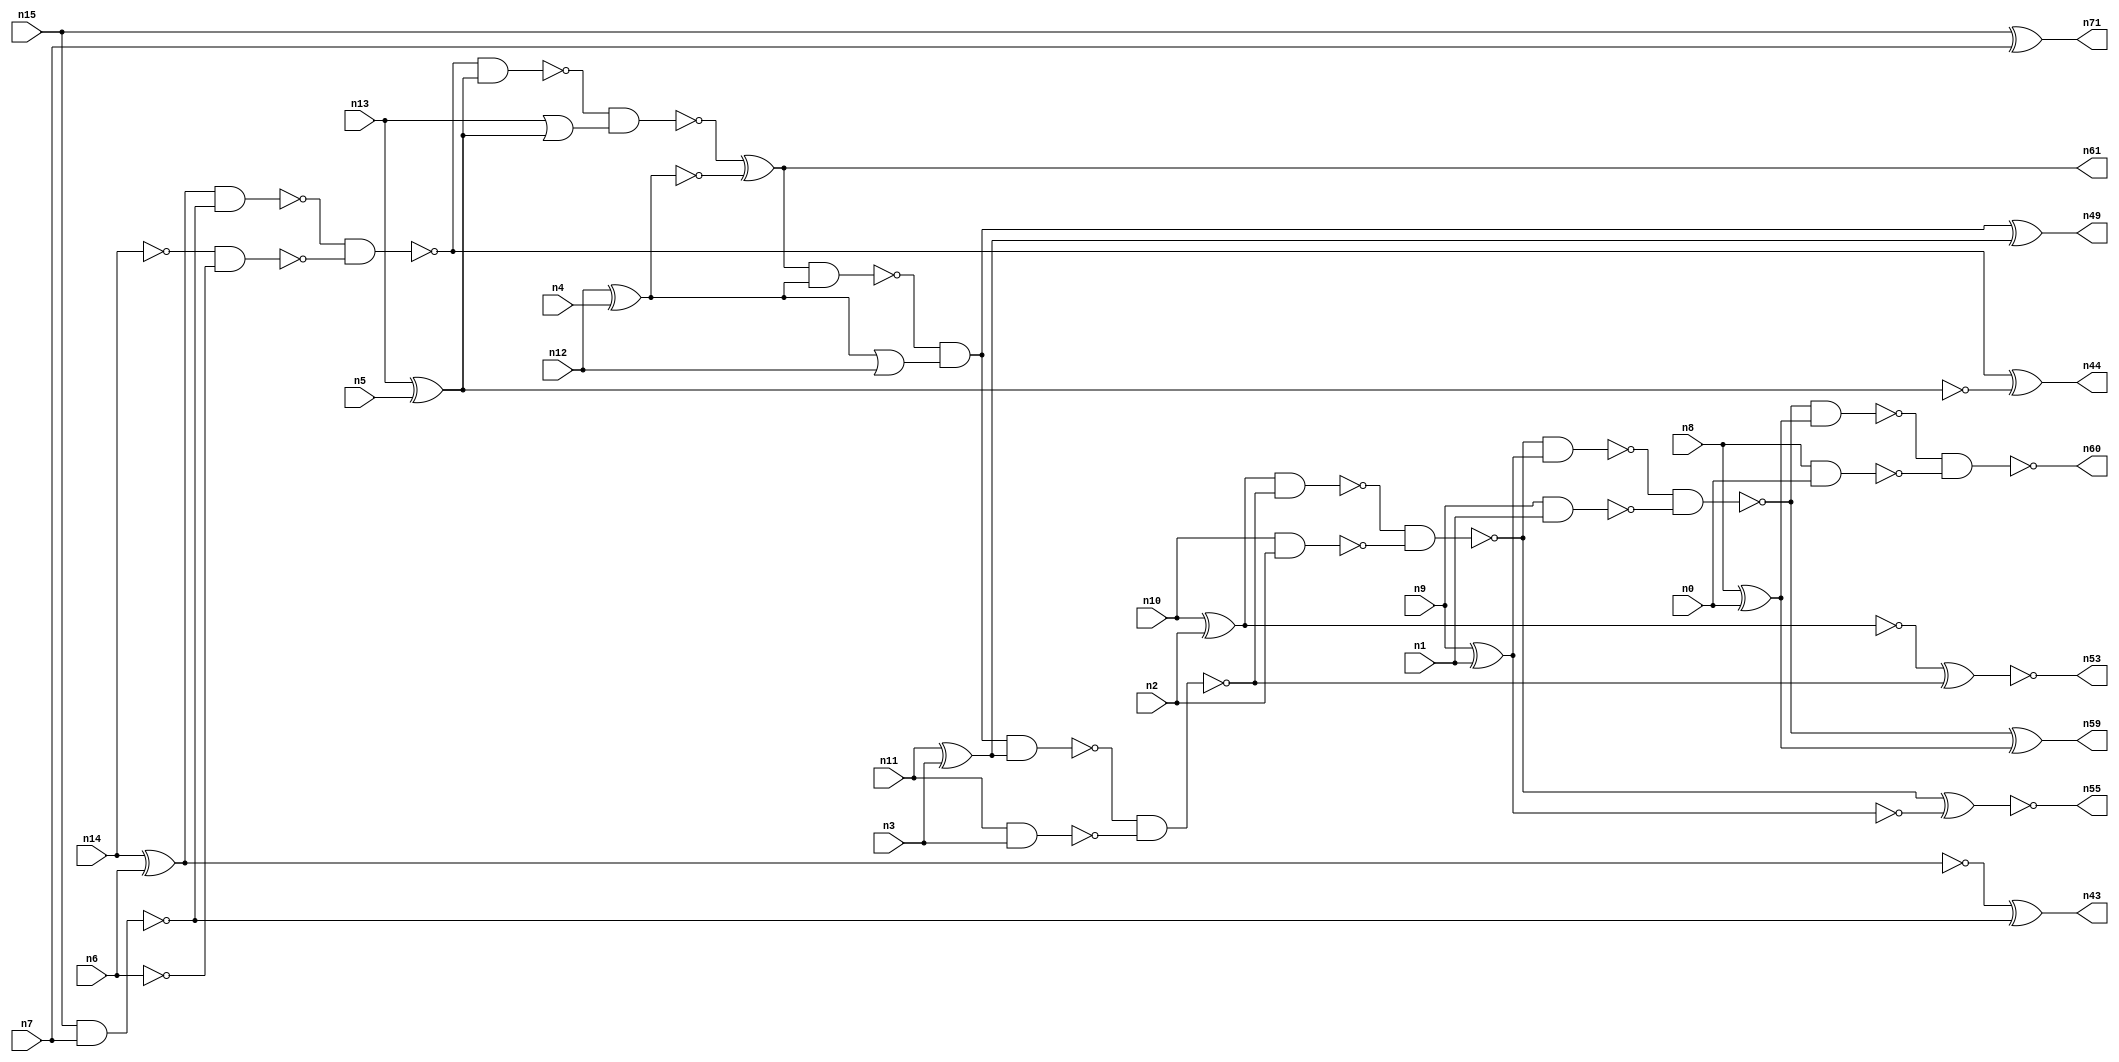
// This file contains a pareto-optimal circuit with respect to pdp and the fault-resilince parameter p_fault which is defined as:
// "For all input vectors, the ratio of the no. of faults observable at the POs to the no. of total possible faults in the circuit".
// This code is part of the ReCkt library (https://github.com/umar-afzaal/ReCkt) distributed under The MIT License.
// When used, please cite the following article(s):
// U. Afzaal, A.S. Hassan, M. Usman and J.A. Lee, "On the Evolutionary Synthesis of Increased Fault-resilience Arithmetic Circuits".

// p_fault = 90.1 %    (Lower is better)
// gates = 47.0
// levels = 16
// area = 62.63    (For MCNC library relative to nand2)
// power = 253.6 uW    (Berkely-SIS for MCNC library @ Vdd=5V and 20 MHz clock)
// delay = 18.7 ns    (Berkely-ABC for MCNC library)
// PDP = 4.74232e-12 J

// Pin mapping:
// {n0, n1, n2, n3, n4, n5, n6, n7} = A[7:0]
// {n8, n9, n10, n11, n12, n13, n14, n15} = B[7:0]
// {n60, n59, n55, n53, n49, n61, n44, n43, n71} = O[8:0]

module addr8u_pdp_4 (
n0, n1, n2, n3, n4, n5, n6, n7, n8, n9, n10, n11, n12, n13, n14, n15, 
n60, n59, n55, n53, n49, n61, n44, n43, n71
);

input n0, n1, n2, n3, n4, n5, n6, n7, n8, n9, n10, n11, n12, n13, n14, n15;
output n60, n59, n55, n53, n49, n61, n44, n43, n71;
wire n30, n24, n52, n46, n18, n17, n42, n51, n45, n36, n47, n20, n37, n56, n23, n16, n40, n48, n21, n25, 
n41, n54, n27, n33, n28, n58, n22, n38, n39, n57, n31, n19, n34, n32, n26, n50, n29, n35;

xor (n16, n14, n6);
nand (n17, n10, n2);
nand (n18, n15, n7);
xor (n19, n13, n5);
nand (n20, n9, n1);
xor (n21, n8, n0);
nand (n22, n14, n14);
xor (n23, n11, n3);
xor (n24, n15, n7);
xor (n25, n10, n2);
or (n26, n13, n19);
xor (n27, n12, n4);
nand (n28, n8, n0);
nand (n29, n11, n3);
nand (n30, n6, n6);
xnor (n31, n9, n1);
or (n32, n27, n12);
nand (n33, n27, n27);
nand (n34, n16, n18);
nand (n35, n19, n19);
nand (n36, n22, n30);
nand (n37, n25, n25);
nand (n38, n31, n31);
nand (n39, n38, n38);
nand (n40, n16, n16);
nand (n41, n34, n36);
nand (n42, n41, n19);
xor (n43, n40, n18);
xor (n44, n41, n35);
nand (n45, n42, n26);
xor (n46, n45, n33);
nand (n47, n46, n27);
and (n48, n47, n32);
xor (n49, n48, n23);
nand (n50, n48, n23);
nand (n51, n50, n29);
nand (n52, n25, n51);
xnor (n53, n37, n51);
nand (n54, n52, n17);
xnor (n55, n54, n39);
nand (n56, n54, n38);
nand (n57, n56, n20);
nand (n58, n57, n21);
xor (n59, n57, n21);
nand (n60, n58, n28);
and (n61, n46, n46);
and (n71, n24, n24);

endmodule